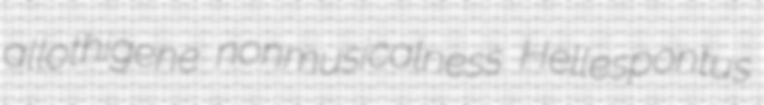
allothigene nonmusicalness Hellespontus